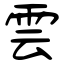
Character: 雲